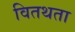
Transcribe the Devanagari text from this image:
वितथता